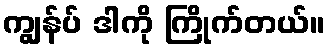
ကျွန်ပ် ဒါကို ကြိုက်တယ်။